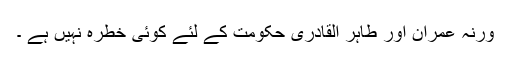
ورنہ عمران اور طاہر القادری حکومت کے لئے کوئی خطرہ نہیں ہے ۔